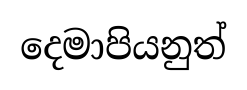
දෙමාපියනුත්